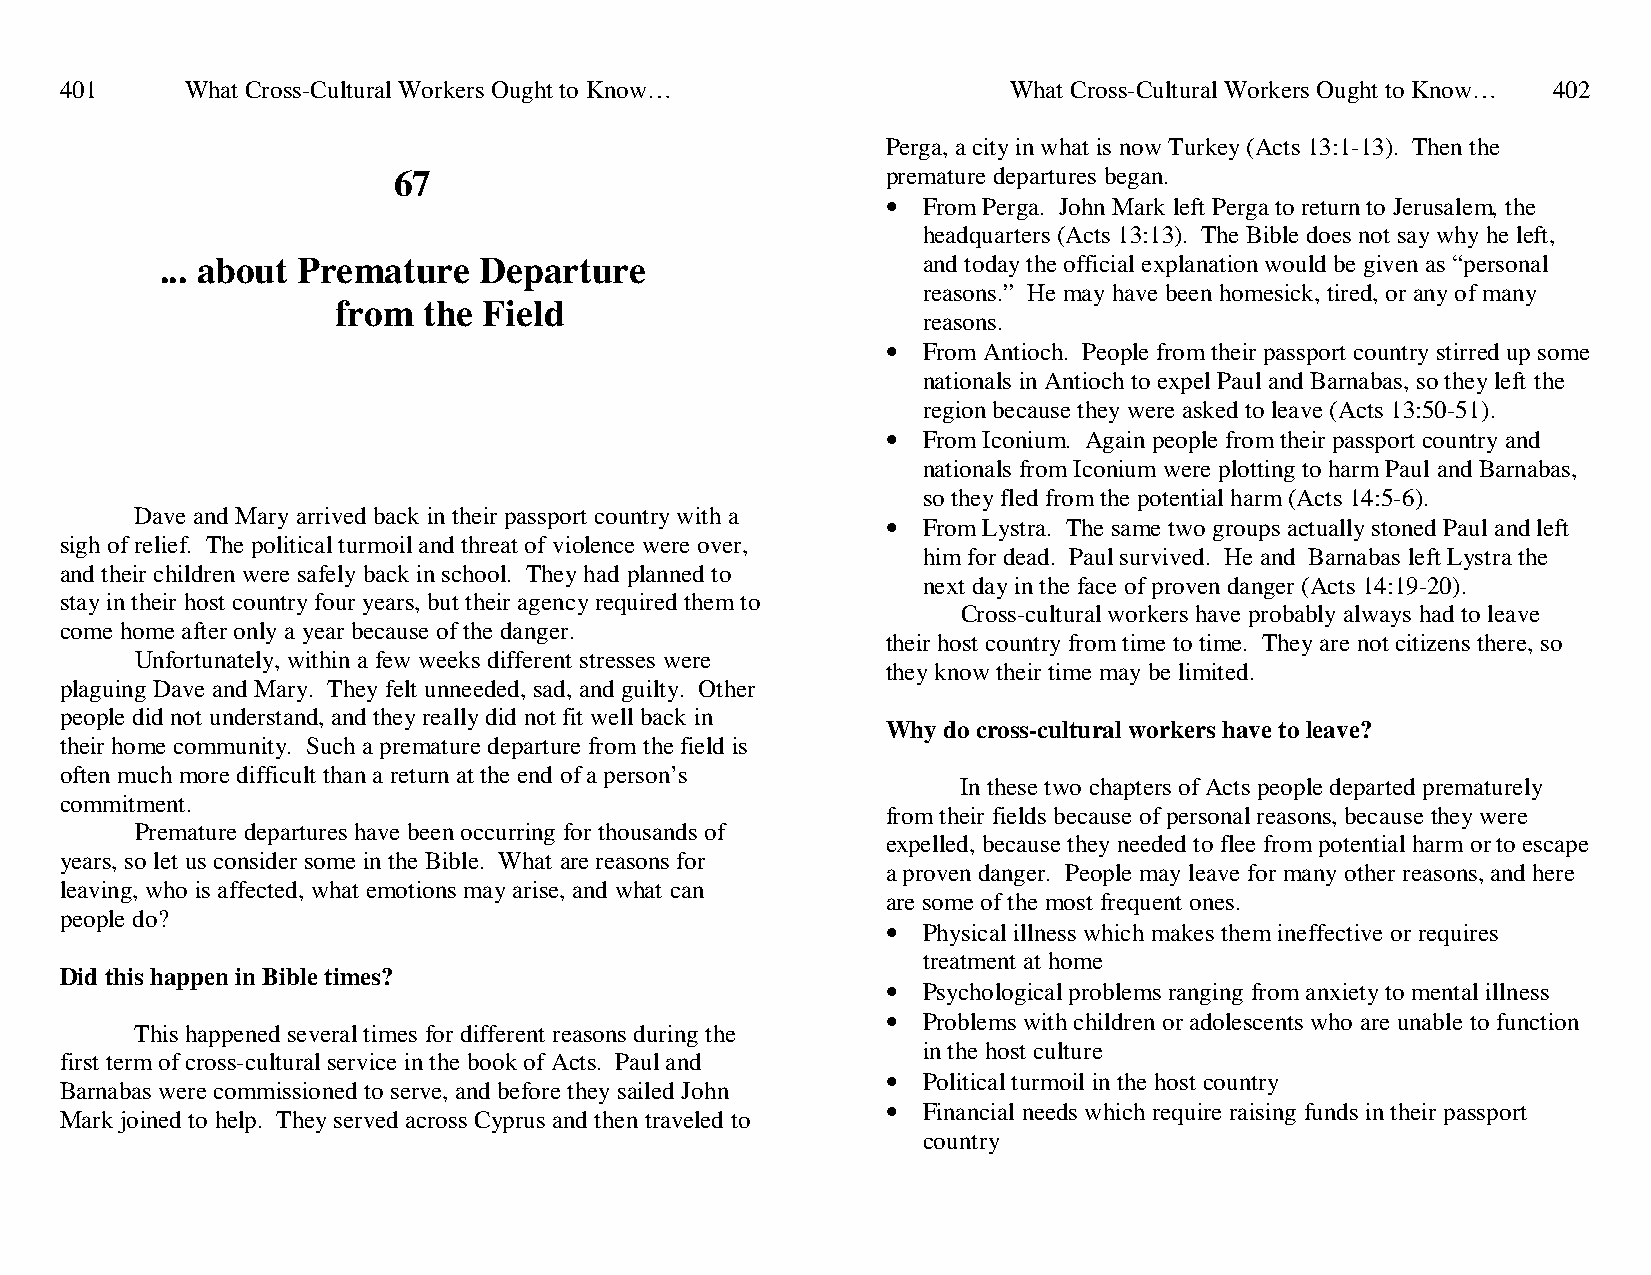
401     What Cross-Cultural Workers Ought to Know…             What Cross-Cultural Workers Ought to Know… 402
 Perga, a city in what is now Turkey (Acts 13:1-13). Then the
 67                               premature departures began.
 • From Perga. John Mark left Perga to return to Jerusalem, the
 headquarters (Acts 13:13). The Bible does not say why he left,
 ... about Premature  Departure                    and today the official explanation would be given as “personal
 reasons.” He may have been homesick, tired, or any of many
 from  the Field
 reasons.
 • From Antioch. People from their passport country stirred up some
 nationals in Antioch to expel Paul and Barnabas, so they left the
 region because they were asked to leave (Acts 13:50-51).
 • From Iconium. Again people from their passport country and
 nationals from Iconium were plotting to harm Paul and Barnabas,
 so they fled from the potential harm (Acts 14:5-6).
 Dave and Mary arrived back in their passport country with a
 • From Lystra. The same two groups actually stoned Paul and left
 sigh of relief. The political turmoil and threat of violence were over,
 him for dead. Paul survived. He and Barnabas left Lystra the
 and their children were safely back in school. They had planned to
 next day in the face of proven danger (Acts 14:19-20).
 stay in their host country four years, but their agency required them to
 Cross-cultural workers have probably always had to leave
 come home after only a year because of the danger.
 their host country from time to time. They are not citizens there, so
 Unfortunately, within a few weeks different stresses were
 they know their time may be limited.
 plaguing Dave and Mary. They felt unneeded, sad, and guilty. Other
 people did not understand, and they really did not fit well back in
 Why do cross-cultural workers have to leave?
 their home community. Such a premature departure from the field is
 often much more difficult than a return at the end of a person’s
 In these two chapters of Acts people departed prematurely
 commitment.
 from their fields because of personal reasons, because they were
 Premature departures have been occurring for thousands of
 expelled, because they needed to flee from potential harm or to escape
 years, so let us consider some in the Bible. What are reasons for
 a proven danger. People may leave for many other reasons, and here
 leaving, who is affected, what emotions may arise, and what can
 are some of the most frequent ones.
 people do?
 • Physical illness which makes them ineffective or requires
 treatment at home
 Did this happen in Bible times?
 • Psychological problems ranging from anxiety to mental illness
 • Problems with children or adolescents who are unable to function
 This happened several times for different reasons during the
 in the host culture
 first term of cross-cultural service in the book of Acts. Paul and
 • Political turmoil in the host country
 Barnabas were commissioned to serve, and before they sailed John
 • Financial needs which require raising funds in their passport
 Mark joined to help. They served across Cyprus and then traveled to
 country